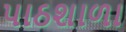
પાઠશાળા